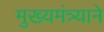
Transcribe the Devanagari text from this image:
मुख्यमंत्र्याने